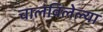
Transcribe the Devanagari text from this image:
चालविलेल्‍या